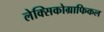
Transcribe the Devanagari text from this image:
लेक्सिकोग्राफिकल